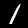
Digit: 1